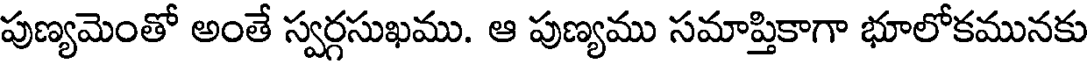
పుణ్యమెంతో అంతే స్వర్గసుఖము. ఆ పుణ్యము సమాప్తికాగా భూలోకమునకు